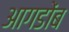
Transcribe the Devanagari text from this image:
आगडोंब